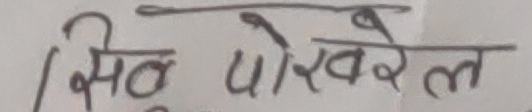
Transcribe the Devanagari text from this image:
सिठ पोखरेल